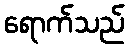
ရောက်သည်